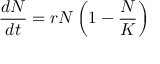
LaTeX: { \frac { d N } { d t } } = r N \left( 1 - { \frac { N } { K } } \right)